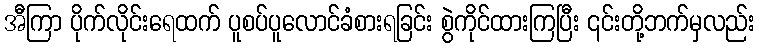
အီကြာ ပိုက်လိုင်းရေထက် ပူစပ်ပူလောင်ခံစားရခြင်း စွဲကိုင်ထားကြပြီး ၎င်းတို့ဘက်မှလည်း